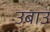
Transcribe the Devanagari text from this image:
उबाउ